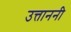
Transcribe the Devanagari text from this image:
उत्ताननी